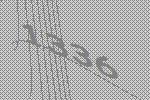
1336